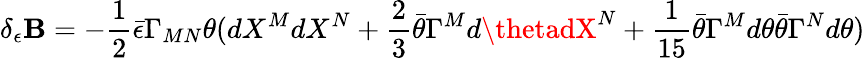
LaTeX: \delta_{\epsilon}\mathbf{B}=-{\frac{{1}}{{2}}}\bar{{\epsilon}}\Gamma_{MN}\theta(dX^{M}dX^{N}+{\frac{{2}}{{3}}}\bar{{\theta}}\Gamma^{M}d\thetadX^{N}+{\frac{{1}}{{15}}}\bar{{\theta}}\Gamma^{M}d\theta\bar{{\theta}}\Gamma^{N}d\theta)